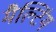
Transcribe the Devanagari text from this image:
मैल्टिंग